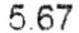
5.67